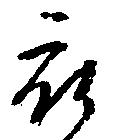
被